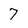
Character: 7